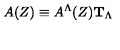
A ( Z ) \equiv A ^ { \Lambda } ( Z ) { \bf T } _ { \Lambda } \,